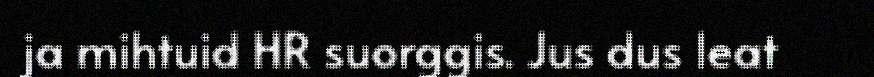
ja mihtuid HR suorggis. Jus dus leat